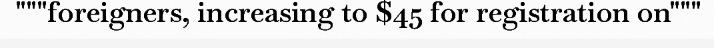
"""foreigners, increasing to $45 for registration on"""